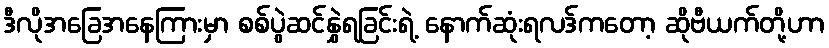
ဒီလိုအခြေအနေကြားမှာ စစ်ပွဲဆင်နွှဲရခြင်းရဲ့ နောက်ဆုံးရလဒ်ကတော့ ဆိုဗီယက်တို့ဟာ